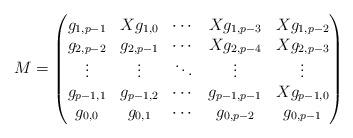
LaTeX: \begin{align*}M=\begin{pmatrix}g_{1,p-1} & Xg_{1,0} & \cdots &Xg_{1,p-3} & Xg_{1,p-2} \\g_{2,p-2} & g_{2,p-1} & \cdots & Xg_{2,p-4} & Xg_{2,p-3} \\\vdots & \vdots & \ddots & \vdots & \vdots \\g_{p-1,1} & g_{p-1,2} & \cdots & g_{p-1,p-1} & Xg_{p-1,0} \\g_{0,0} & g_{0,1} & \cdots & g_{0,p-2} & g_{0,p-1}\end{pmatrix}\end{align*}